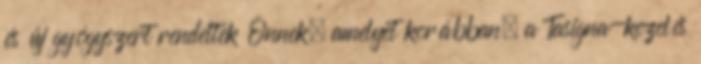
és új gyógyszert rendeltek Önnek, amelyet korábban, a Tasigna-kezelés